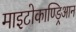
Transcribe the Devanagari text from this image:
माइटोकाण्ड्रिआन